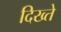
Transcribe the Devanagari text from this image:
दिख्ते